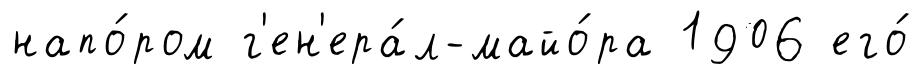
напо́ром г'ен'ера́л-майо́ра 1906 его́